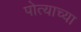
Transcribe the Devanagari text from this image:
पोत्याच्या